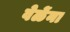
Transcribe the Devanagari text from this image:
वेळेंना